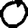
Digit: 0